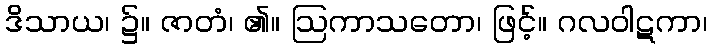
ဒိသာယ၊ ၌။ ဇာတံ၊ ၏။ ဩကာသတော၊ ဖြင့်။ ဂလဝါဋကာ၊